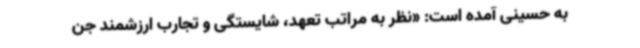
به حسینی آمده است: «نظر به مراتب تعهد، شایستگی و تجارب ارزشمند جن